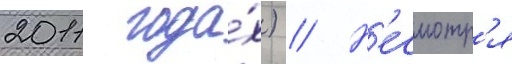
2011 года́х) // Н'есмотр'я